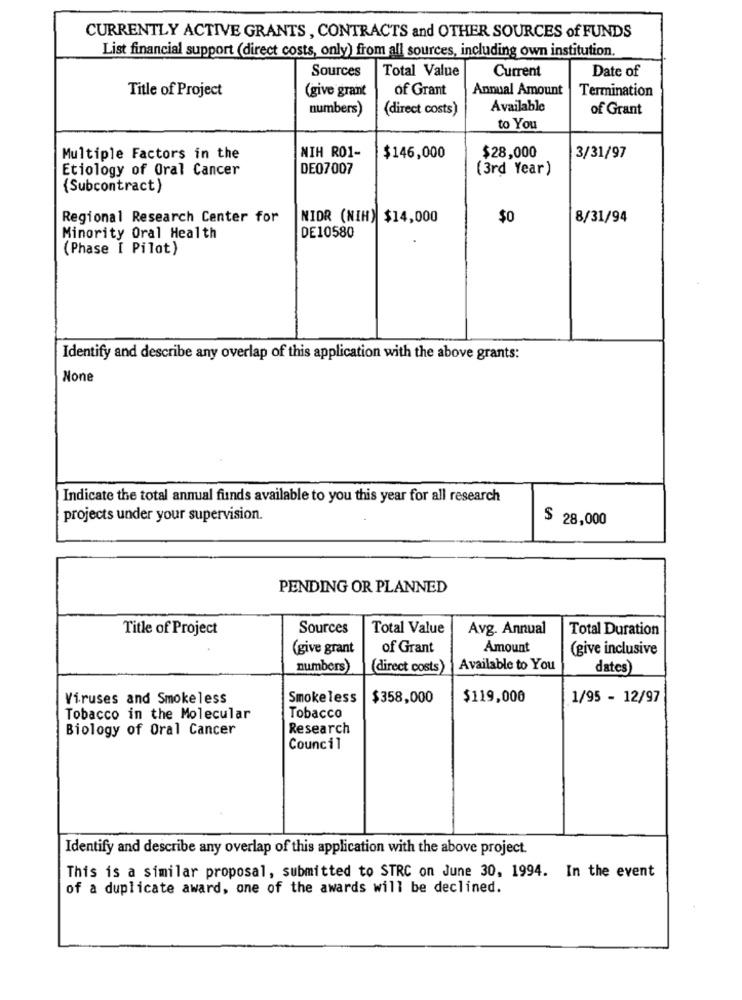
CURRENTLY ACTIVE GRANTS , CONTRACTS and OTHER SOURCES of FUNDS
List financial support (direct costs, only) from all sources, including own institution.
Sources
Total Value
Current
Date of
Title of Project
(give grant
of Grant
Annual Amount
Termination
numbers)
(direct costs)
Available
of Grant
to You
NIH RO1-
$28,000
Multiple Factors in the
$146,000
3/31/97
Etiology of Oral Cancer
DE07007
(3rd Year)
{Subcontract)
Regional Research Center for
NIDR (NIH) $14,000
$0
8/31/94
Minority Oral Health
DE10580
(Phase [ Pilot)
Identify and describe any overlap of this application with the above grants:
Indicate the total annual funds available to you this year for all research
projects under your supervision.
$ 28,000
PENDING OR PLANNED
Title of Project
Sources
Total Value
Avg. Annual
Total Duration
(give grant
of Grant
Amount
(give inclusive
numbers)
(direct costs)
Available to You
dates)
Viruses and Smokeless
Smokeless
$358,000
$119,000
1/95 - 12/97
Tobacco in the Molecular
Tobacco
Biology of Oral Cancer
Research
Council
Identify and describe any overlap of this application with the above project.
This is a similar proposal, submitted to STRC on June 30, 1994. In the event
of a duplicate award, one of the awards will be declined.